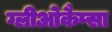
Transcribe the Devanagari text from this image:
ग्लीओकैप्सा